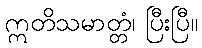
ဣတိသမာတ္တံ၊ ပြီးပြီ။